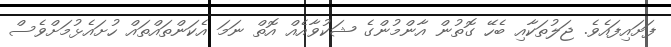
ފަށައިފައެވެ. ޖަލުތަކާއި ބެހޭ ގޮތުން އާންމުންގެ ޝަކުވާއެއް އޮތް ނަމަ އެކަންތައްތައް ހުށައެޅުމަށްވެސް